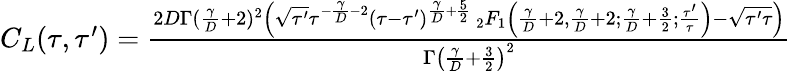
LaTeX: \begin{array}{r}{C_{L}(\tau,\tau^{\prime})=\frac{2D\Gamma(\frac{\gamma}{D}+2)^{2}\left(\sqrt{\tau^{\prime}}\tau^{-\frac{\gamma}{D}-2}(\tau-\tau^{\prime})^{\frac{\gamma}{D}+\frac{5}{2}}\, _{2}F_{1}\left(\frac{\gamma}{D}+2,\frac{\gamma}{D}+2;\frac{\gamma}{D}+\frac{3}{2};\frac{\tau^{\prime}}{\tau}\right)-\sqrt{\tau^{\prime}\tau}\right)}{\Gamma\left(\frac{\gamma}{D}+\frac{3}{2}\right)^{2}}}\end{array}